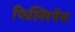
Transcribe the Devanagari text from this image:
फिल्लिपेंस